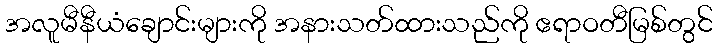
အလူမီနီယံချောင်းများကို အနားသတ်ထားသည်ကို ဧရာဝတီမြစ်တွင်